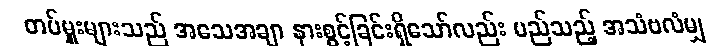
တပ်မှူးများသည် အသေအချာ နားစွင့်ခြင်းရှိသော်လည်း မည်သည့် အသံဗလံမျှ